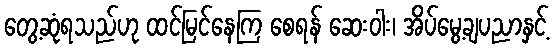
တွေ့ဆုံရသည်ဟု ထင်မြင်နေကြ စေရန် ဆေးဝါး၊ အိပ်မွေ့ချပညာနှင့်